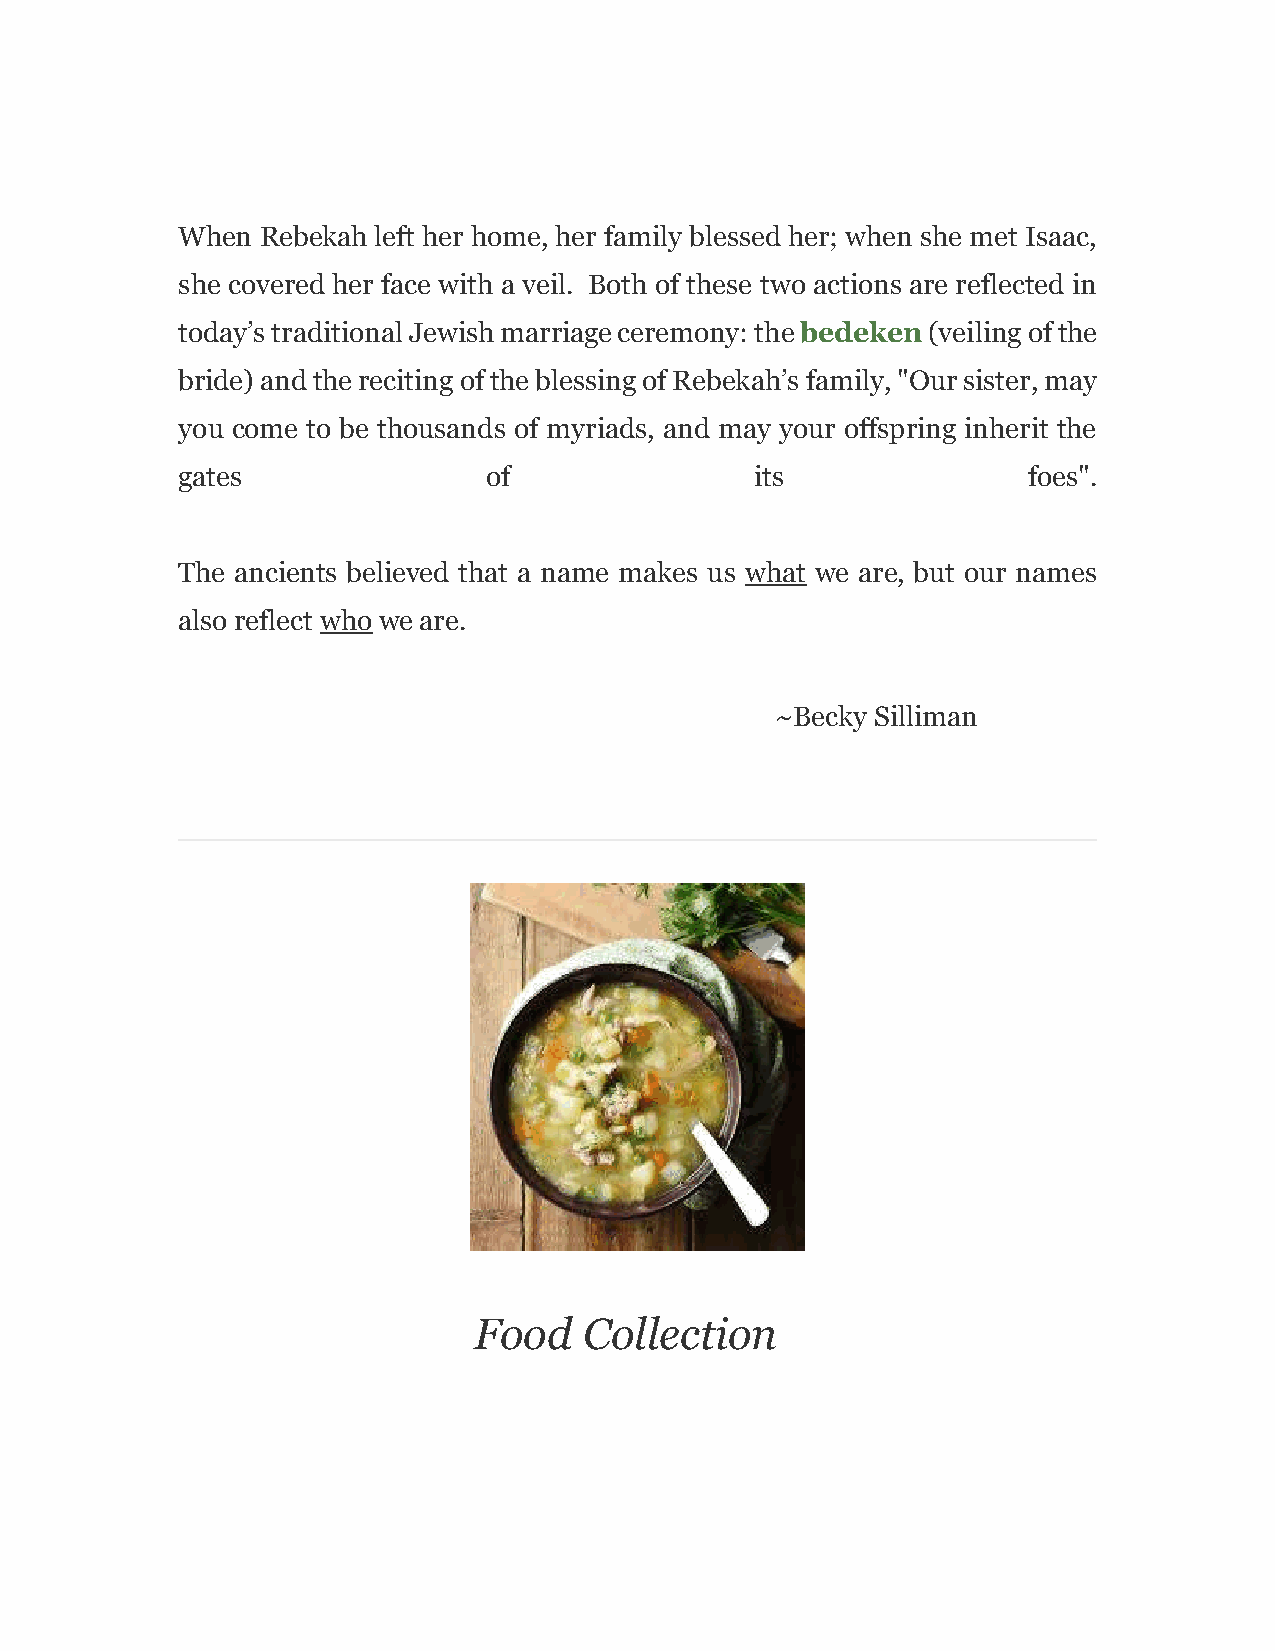
When Rebekah left her home, her family blessed her; when she met Isaac,
 she covered her face with a veil. Both of these two actions are reflected in
 today’s traditional Jewish marriage ceremony: the bedeken (veiling of the
 bride) and the reciting of the blessing of Rebekah’s family, "Our sister, may
 you come to be thousands of myriads, and may your offspring inherit the
 gates               of                its               foes".
 The ancients believed that a name makes us what we are, but our names
 also reflect who we are.
 ~Becky Silliman
 Food    Collection